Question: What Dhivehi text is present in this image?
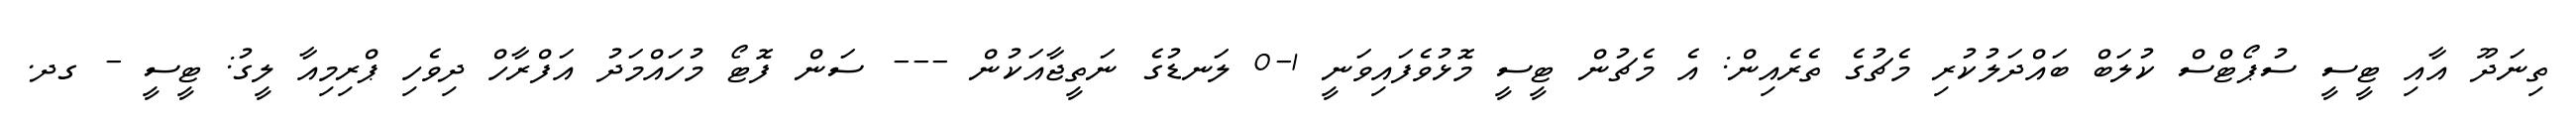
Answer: ތިނަދޫ އާއި ޓީސީ ސުޕޯޓްސް ކުލަބް ބައްދަލުކުރި މެޗުގެ ތެރެއިން: އެ މެޗުން ޓީސީ މޮޅުވެފައިވަނީ 1-0 ލަނޑުގެ ނަތީޖާއަކުން --- ސަން ފޮޓޯ މުހައްމަދު އަފްރާހް ދިވެހި ޕްރިމިއާ ލީގު: ޓީސީ - ގދ.